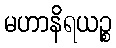
မဟာနိရယဉ္စ